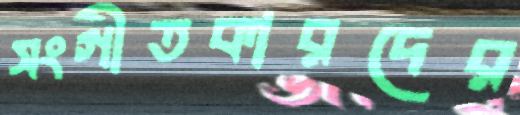
সংগীতকারদের